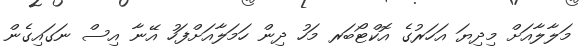
މަލާލާއަށް މިދިޔަ އަހަރުގެ އޮކްޓޯބަރ މަހު ދިން ހަމަލާއަށްފަހު އޭނާ އިސް ނަގައިގެން